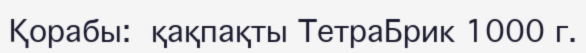
Қорабы:  қақпақты ТетраБрик 1000 г.